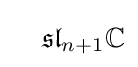
\quad {\mathfrak {sl}}_{n+1}\mathbb {C}